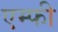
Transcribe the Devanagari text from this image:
एम्फी